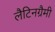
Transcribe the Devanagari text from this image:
लैटिनग्रैमी